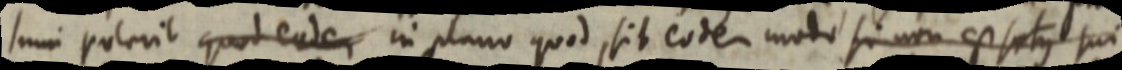
_num polerit quod eadem in plano quod, sit eodem modo si non est sotus qui